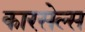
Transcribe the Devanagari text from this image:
कारसेल्स